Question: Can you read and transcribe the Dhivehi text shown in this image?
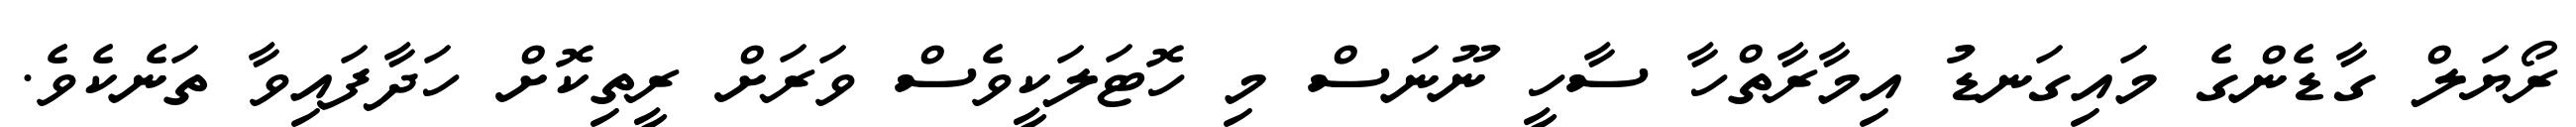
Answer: ރޯޔަލް ގާޑެންގެ މައިގަނޑު އިމާރާތްހާ ސާހީ ނޫނަސް މި ހޮޓަލަކީވެސް ވަރަށް ރީތިކޮށް ހަދާފައިވާ ތަނެކެވެ.